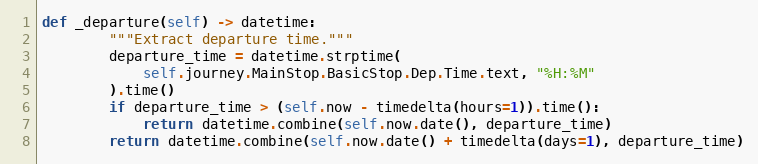
Language: Python
def _departure(self) -> datetime:
        """Extract departure time."""
        departure_time = datetime.strptime(
            self.journey.MainStop.BasicStop.Dep.Time.text, "%H:%M"
        ).time()
        if departure_time > (self.now - timedelta(hours=1)).time():
            return datetime.combine(self.now.date(), departure_time)
        return datetime.combine(self.now.date() + timedelta(days=1), departure_time)